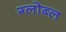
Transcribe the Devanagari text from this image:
ग्लोब्ल